Annual administration report of the Civil Veterinary Department of India - 1895-1896
Year: 1895
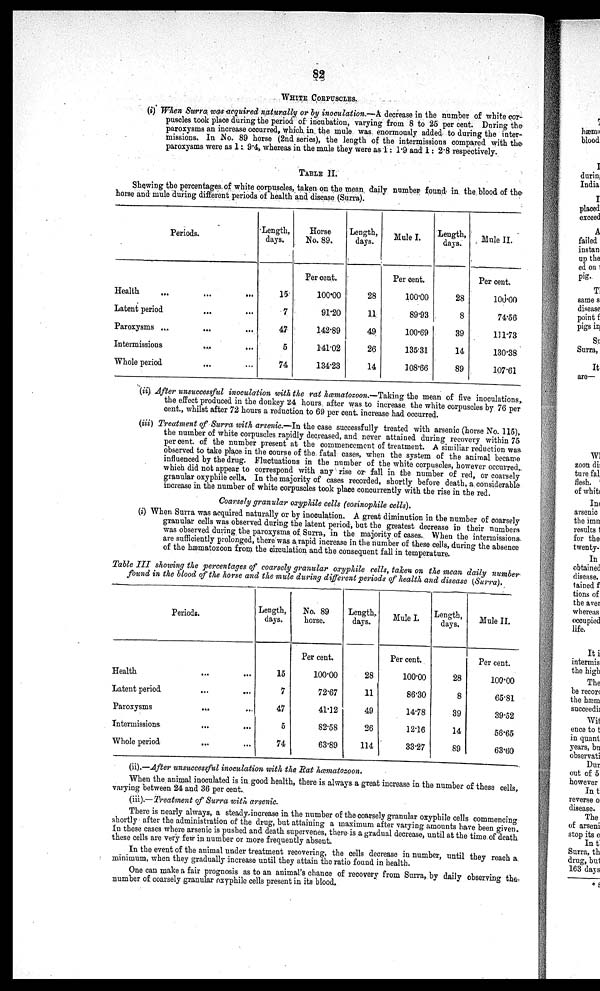
82
WHITE CORPUSCLES.
(i) When Surra was-acquired naturally or by inoculation.—A decrease in the number of white cor-
puscles took place during the period of incubation, varying from 8 to 25 per cent. During the
paroxysms an increase occurred, which in the mule was enormously added to during the inter-
missions. In No. 89 horse (2nd series), the length of the intermissions compared with the
paroxysms were as 1: 9.4, whereas in the mule they were as 1: 1.9 and 1: 2.8 respectively.
TABLE II.
Showing the percentages of white corpuscles, taken on the mean daily number found in the blood of the
horse and mule during different periods of health and disease (Surra).
Periods.
Health...
... ...
Latent period
...
... ...
Paroxysms ...
......
Intermissions....
...
Whole period
... ...
Length,
days.
15
7
47
5
74
Horse
No. 89.
Per cent.
100.00
91.20
142.89
141.02
134.23
Length,
days.
28
11
49
26
14
Mule I.
Per cent.
100.00
89.93
100.69
135.31
108.66
Length,
days.
28
8
39
14
89
Mule II.
Per cent.
100.00
74.56
111.73
130.38
107.61
(ii) After unsuccessful inoculation with the rat hœmatozoon.—Taking the mean of five inoculations,
the effect produced in the donkey 24 hours after was to increase the white corpuscles by 76 per
cent., whilst after 72 hours a reduction to 69 per cent. increase had occurred.
(iii) Treatment of Surra with arsenic.—In the case successfully treated with arsenic (horse No. 115),
the number of white corpuscles rapidly decreased, and never attained during recovery within 75
per cent. of the number present at the commencement of treatment. A similiar reduction was
observed to take place in the course of the fatal cases, when the system of the animal became
influenced by the drug. Fluctuations in the number of the white corpuscles, however occurred,
which did not appear to correspond with any rise or fall in the number of red, or coarsely
granular oxyphile cells. In the majority of cases recorded, shortly before death, a considerable
increase in the number of white corpuscles took place concurrently with the rise in the red.
Coarsely granular oxyphile cells (eosinophile cells).
(i) When Surra was acquired naturally or by inoculation. A great diminution in the number of coarsely
granular cells was observed during the latent period, but the greatest decrease in their numbers
was observed during the paroxysms of Surra, in the majority of cases. When the intermissions.
are sufficiently prolonged, there was a rapid increase in the number of these cells, during the absence
of the hæmatozoon from the circulation and the consequent fall in temperature.
Table III showing the percentages of coarsely granular oxyphile cells, taken on the mean daily number
found in the blood of the horse and the mule during different periods of health and disease (Surra).
Periods.
Health
...
...
Latent period
...
...
Paroxysms
...
...
Intermissions
...
...
Whole period
...
...
Length,
days.
15
7
47
5
74
No. 89
horse.
Per cent.
100.00
72.67
41.12
82.58
63.89
Length,
days.
28
11
49
26
114
Mule I.
Per cent.
100.00
86.30
14.78
12.16
33.27
Length,
days.
28
8
39
14
89
Mule II.
Per cent.
100.00
65.81
39.52
56.65
63.60
(ii).—After unsuccessful inoculation with the Rat hœmatozoon.
When the animal inoculated is in good health, there is always a great increase in the number of these cells,
varying between 24 and 36 per cent.
(iii).—Treatment of Surra with arsenic.
There is nearly always, a steady increase in the number of the coarsely granular oxyphile cells commencing
shortly after the administration of the drug, but attaining a maximum after varying amounts have been given.
In these cases where arsenic is pushed and death supervenes, there is a gradual decrease, until at the time of death
these cells are very few in number or more frequently absent.
In the event of the animal under treatment recovering, the cells decrease in number, until they reach a
minimum, when they gradually increase until they attain the ratio found in health.
One can make a fair prognosis as to an animal's chance of recovery from Surra, by daily observing the
number of coarsely granular oxyphile cells present in its blood,